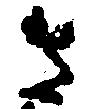
さ